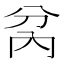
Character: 𭁋